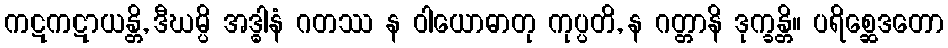
ကဋကဋာယန္တိ, ဒီဃမ္ပိ အဒ္ဓါနံ ဂတဿ န ဝါယောဓာတု ကုပ္ပတိ, န ဂတ္တာနိ ဒုက္ခန္တိ။ ပရိစ္ဆေဒတော